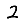
Digit: 2